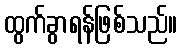
ထွက်ခွာရန်ဖြစ်သည်။